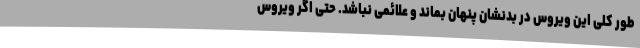
طور کلی این ویروس در بدنشان پنهان بماند و علائمی نباشد. حتی اگر ویروس